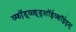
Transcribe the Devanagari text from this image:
ञ्फॉ़ड़्ळ्ङ़्ड्शॉईञ्ङॉईड्श्